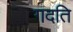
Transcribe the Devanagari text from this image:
गदति